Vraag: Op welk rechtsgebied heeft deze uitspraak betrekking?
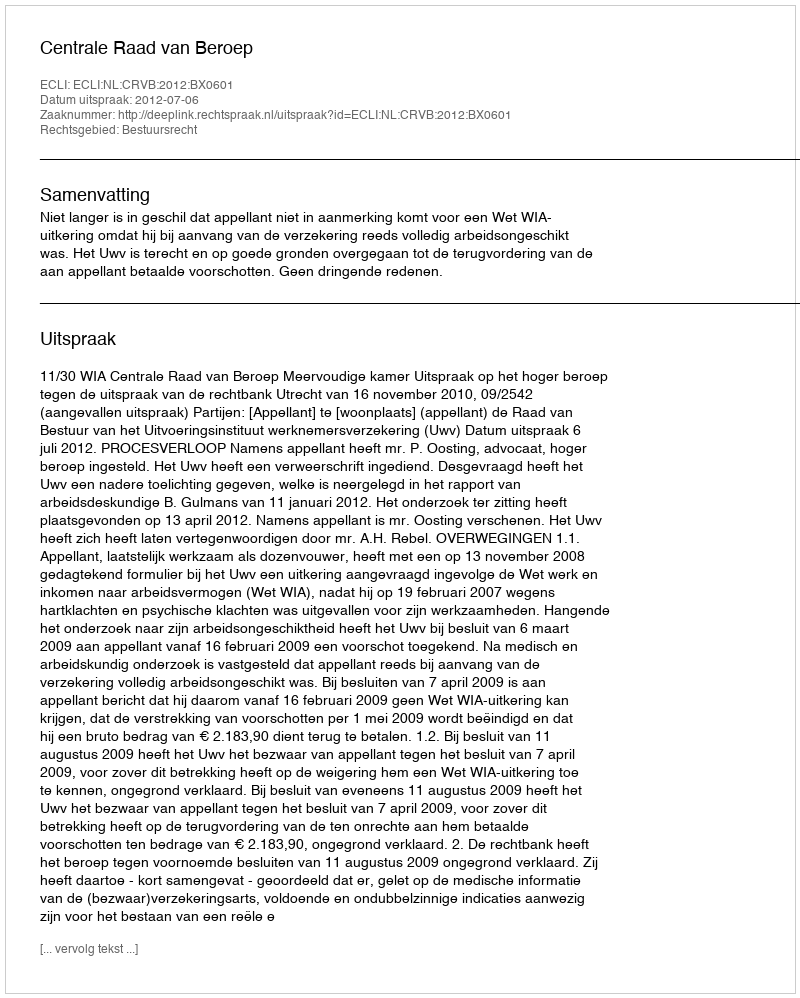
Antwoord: Bestuursrecht